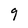
Character: 9